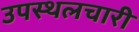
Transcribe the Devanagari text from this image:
उपस्थलचारी